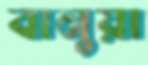
বানুয়া